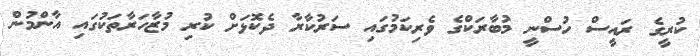
ކުރީގެ ރައީސް ހުސްނީ މުބާރަކްގެ ވެރިކަމުގައި ސަރުކާރާ ދެކޮޅަށް ކުރި މުޒާހަރާތަކުގައި އާންމުން